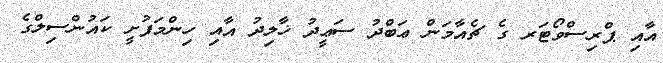
އާއި ޕްރިސްވޯޓަރ ގެ ޗެއާމަން ޢަބްދު ސަޢީދު ޚާލިދު އާއި ހިންމަފުށީ ކައުންސިލްގެ